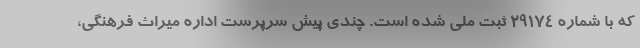
که با شماره ۲۹۱۷۴ ثبت ملی شده است. چندی پیش سرپرست اداره میراث فرهنگی،